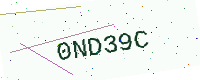
Text: 0ND39C